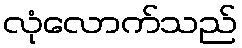
လုံလောက်သည်